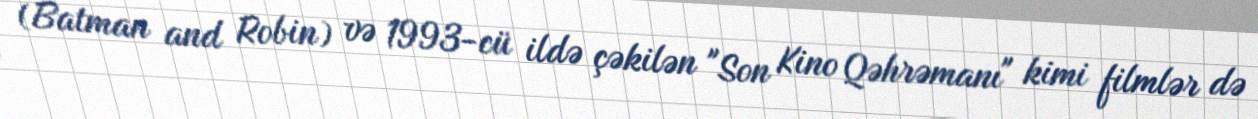
(Batman and Robin) və 1993-cü ildə çəkilən "Son Kino Qəhrəmanı" kimi filmlər də